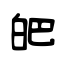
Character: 皅